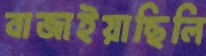
বাজাইয়াছিলি